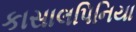
કાસાલપિનિયા